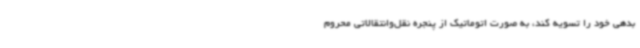
بدهی خود را تسویه کند، به صورت اتوماتیک از پنجره نقل‌وانتقالاتی محروم